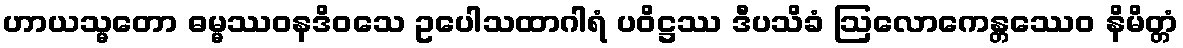
ဟာယသ္မတော ဓမ္မဿဝနဒိဝသေ ဥပေါသထာဂါရံ ပဝိဋ္ဌဿ ဒီပသိခံ ဩလောကေန္တဿေဝ နိမိတ္တံ